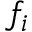
f _ { i }